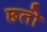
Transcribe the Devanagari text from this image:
छतो